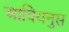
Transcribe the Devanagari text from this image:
आवियनुस